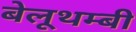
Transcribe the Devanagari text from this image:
बेलूथम्बी